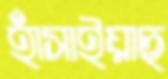
হাঁসাইয়াছ